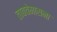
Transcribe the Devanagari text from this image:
ताबवेमासना